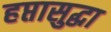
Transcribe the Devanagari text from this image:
हप्तासुद्धा